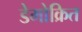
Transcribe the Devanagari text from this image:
डेमोक्रित